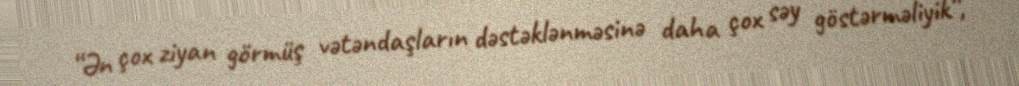
“Ən çox ziyan görmüş vətəndaşların dəstəklənməsinə daha çox səy göstərməliyik”,